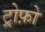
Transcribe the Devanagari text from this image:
ट्रोफ़ो